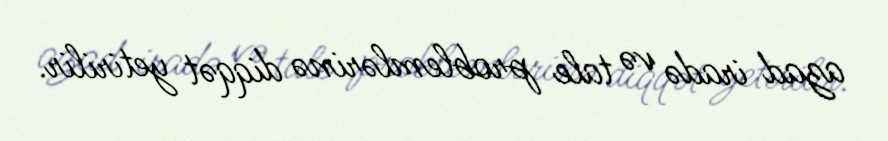
azad iradə və tale problemlərinə diqqət yetirilir.